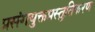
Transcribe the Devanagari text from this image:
प्रसंगयुक्तप्रस्तुतिकरण